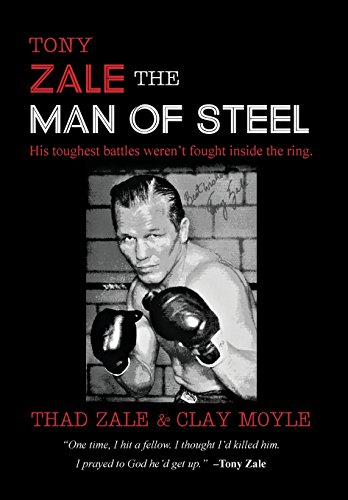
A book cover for Tony Zale: The Man of Steel; Thad Zale; Sports & Outdoors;